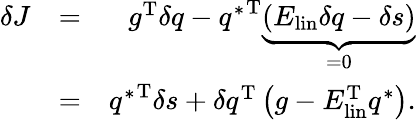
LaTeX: \begin{array}{rlr}{\delta J}&{=}&{g^{\mathrm{T}}\delta q-{q^{*}}^{\mathrm{T}}\underbrace{\left(E_{\mathrm{lin}}\delta q-\delta s\right)}_{=0}}\\ &{=}&{{q^{*}}^{\mathrm{T}}\delta s+\delta q^{\mathrm{T}}\left(g-E_{\mathrm{lin}}^{\mathrm{T}}q^{*}\right).}\end{array}